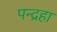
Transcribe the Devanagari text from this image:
पन्द्रहा